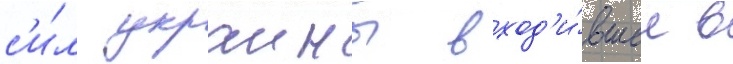
с'и́л украины вход'и́вшее в